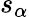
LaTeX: s_{\alpha}